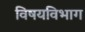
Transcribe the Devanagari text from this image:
विषयविभाग